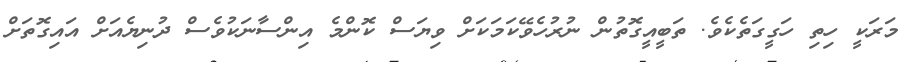
މަރަކީ ހިތި ހަގީގަތެކެވެ. ތަބީއީގޮތުން ނުރުހެވޭކަމަކަށް ވިޔަސް ކޮންމެ އިންސާނަކުވެސް ދުނިޔެއަށް އައިގޮތަށް